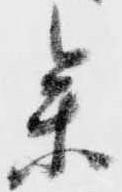
参